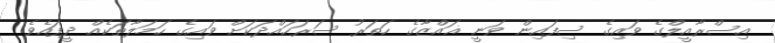
އިސްރާއީލްގެ ވައިގެ ސިފައިން ވަނީ ޣައްޒާގެ ހަތަރު ސަރަހައްދަކަށް ވައިގެ ހަމަލާތަކެއް ދީފައެވެ.